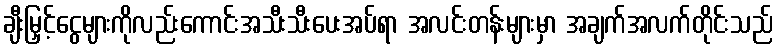
ချီးမြှင့်ငွေများကိုလည်းကောင်းအသီးသီးပေးအပ်ရာ အလင်းတန်းများမှာ အချက်အလက်တိုင်းသည်